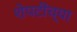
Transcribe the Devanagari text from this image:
शेपटींच्या